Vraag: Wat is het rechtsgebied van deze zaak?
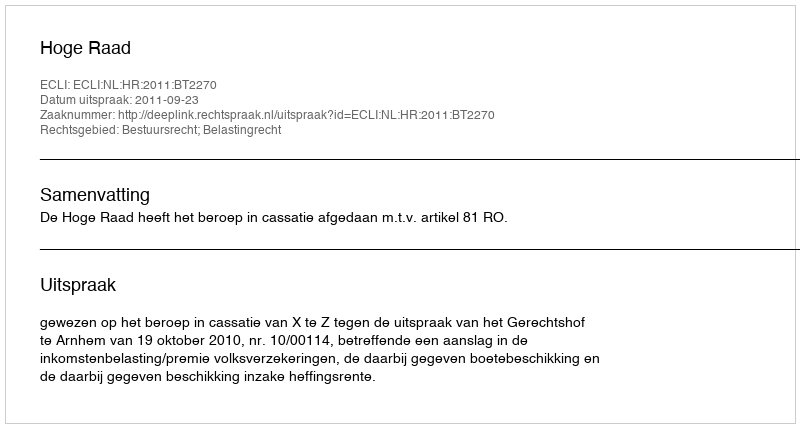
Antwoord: Bestuursrecht; Belastingrecht